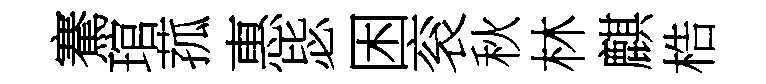
騫琯菰惠毖困衮秋林麒梏